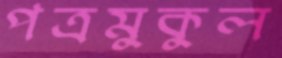
পত্রমুকুল